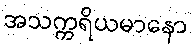
အသက္ကရိယမာနော